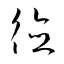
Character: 徳